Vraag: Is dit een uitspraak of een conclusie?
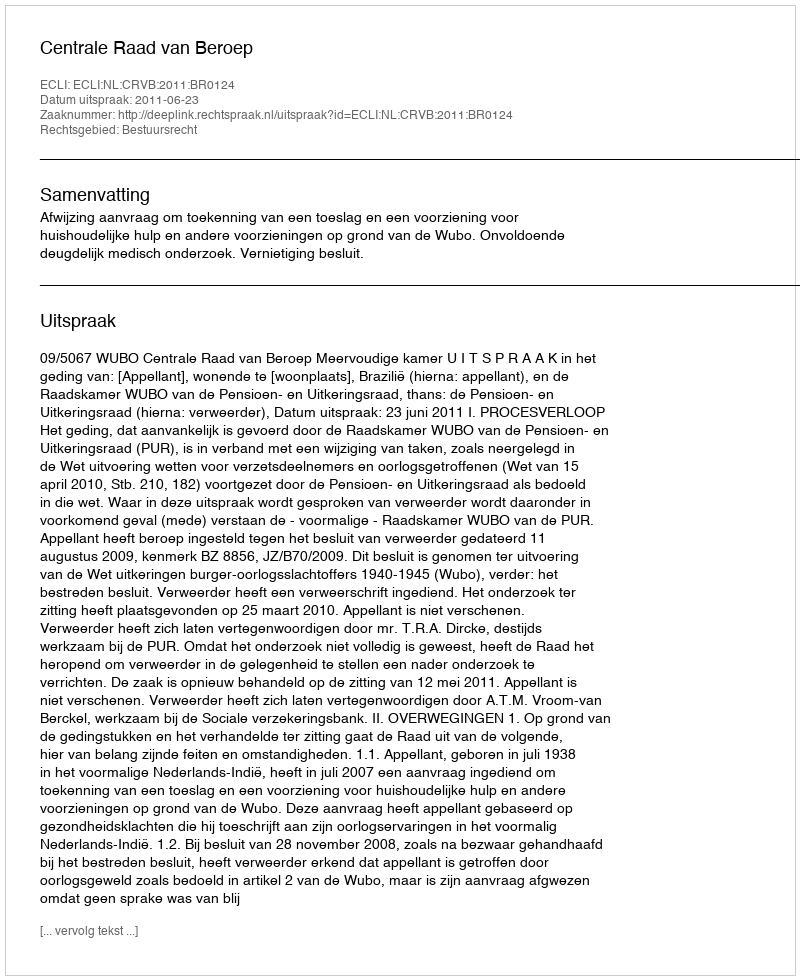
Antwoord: Uitspraak